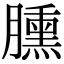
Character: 臐